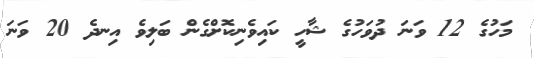
މަހުގެ 12 ވަނަ ދުވަހުގެ ޝާހީ ކައިވެނިކޮށްގެން ބަލިވެ އިނދެ 20 ވަނަ